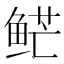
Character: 𱇮